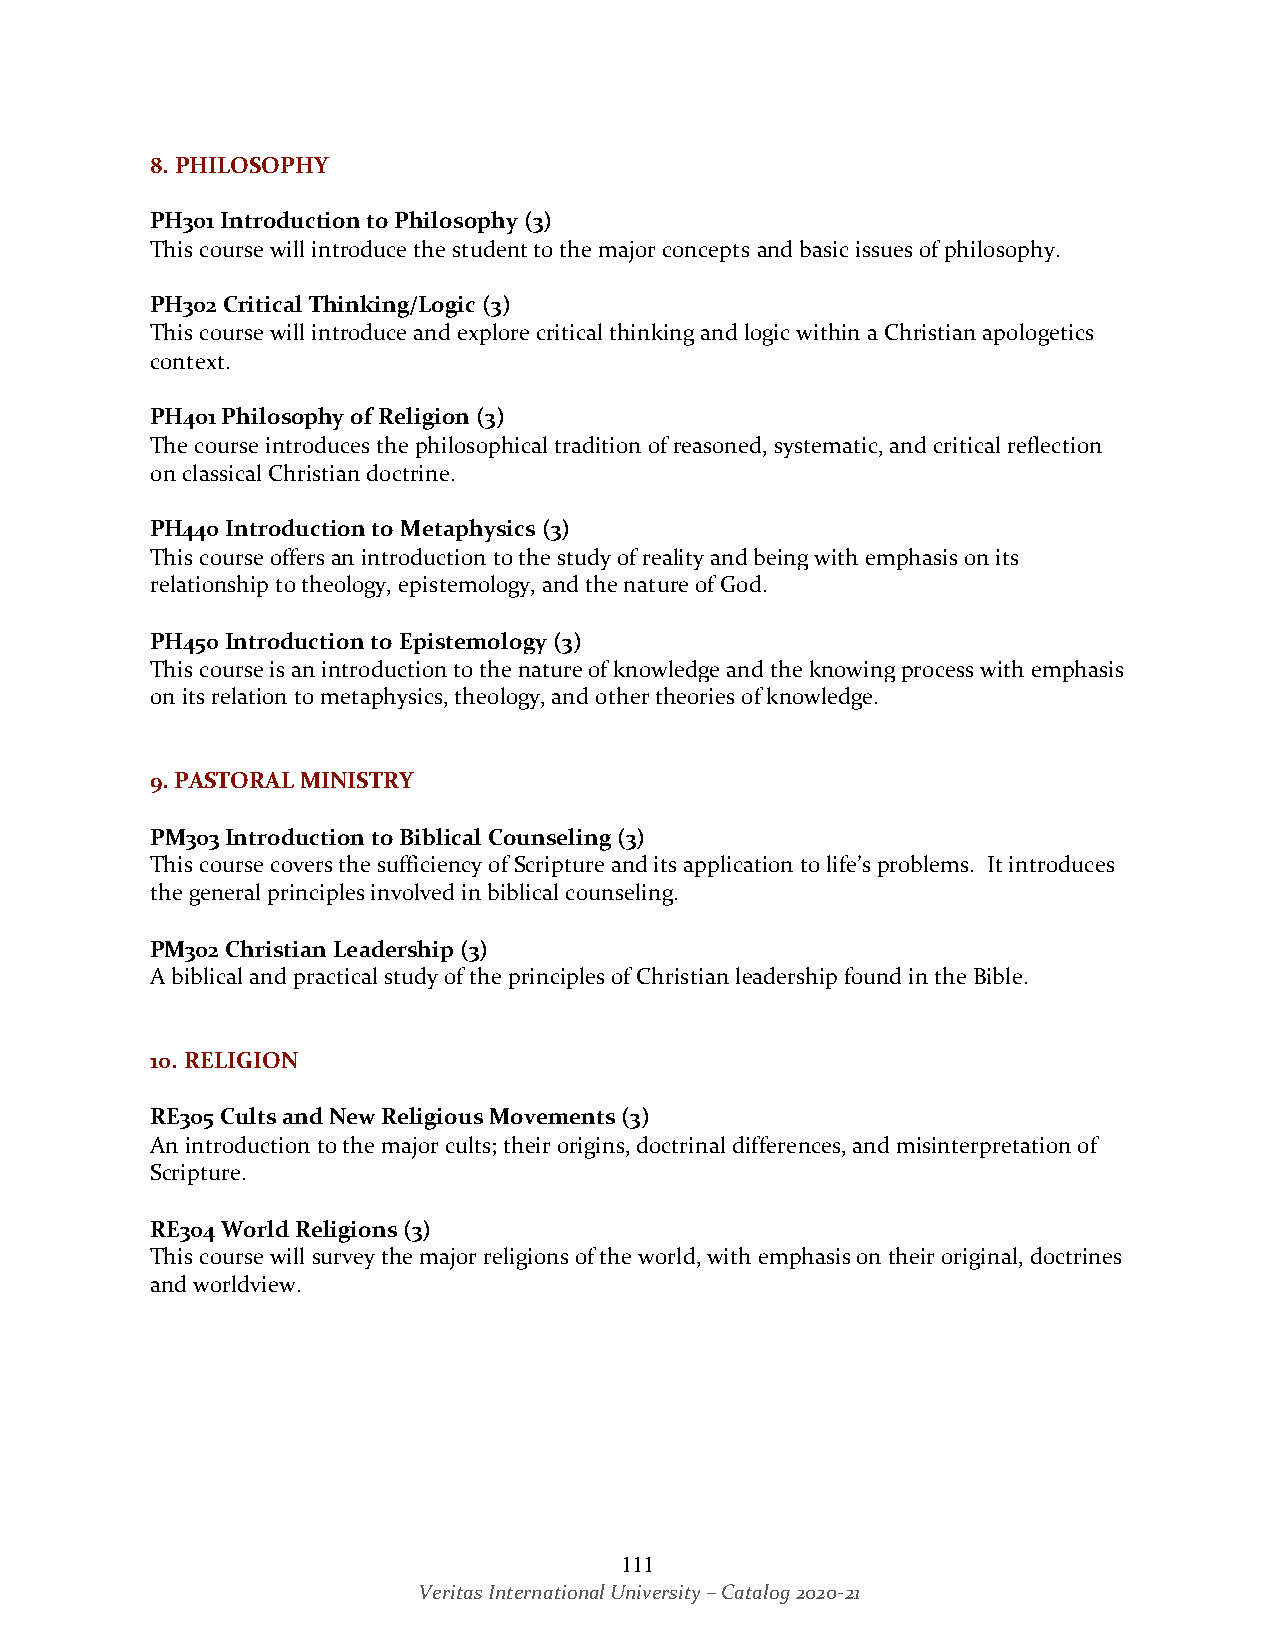
8. PHILOSOPHY
 PH301 Introduction to Philosophy (3)
 This course will introduce the student to the major concepts and basic issues of philosophy.
 PH302 Critical Thinking/Logic (3)
 This course will introduce and explore critical thinking and logic within a Christian apologetics
 context.
 PH401 Philosophy of Religion (3)
 The course introduces the philosophical tradition of reasoned, systematic, and critical reflection
 on classical Christian doctrine.
 PH440 Introduction to Metaphysics (3)
 This course offers an introduction to the study of reality and being with emphasis on its
 relationship to theology, epistemology, and the nature of God.
 PH450 Introduction to Epistemology (3)
 This course is an introduction to the nature of knowledge and the knowing process with emphasis
 on its relation to metaphysics, theology, and other theories of knowledge.
 9. PASTORAL MINISTRY
 PM303 Introduction to Biblical Counseling (3)
 This course covers the sufficiency of Scripture and its application to life’s problems. It introduces
 the general principles involved in biblical counseling.
 PM302 Christian Leadership (3)
 A biblical and practical study of the principles of Christian leadership found in the Bible.
 10. RELIGION
 RE305 Cults and New Religious Movements (3)
 An introduction to the major cults; their origins, doctrinal differences, and misinterpretation of
 Scripture.
 RE304 World Religions (3)
 This course will survey the major religions of the world, with emphasis on their original, doctrines
 and worldview.
 111
 Veritas International University – Catalog 2020-21